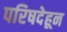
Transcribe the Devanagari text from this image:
परिषदेहून